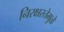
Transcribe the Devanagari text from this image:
निरक्षरतेमुळे